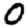
Digit: 0